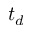
t _ { d }